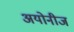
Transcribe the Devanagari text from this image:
अयोनीज